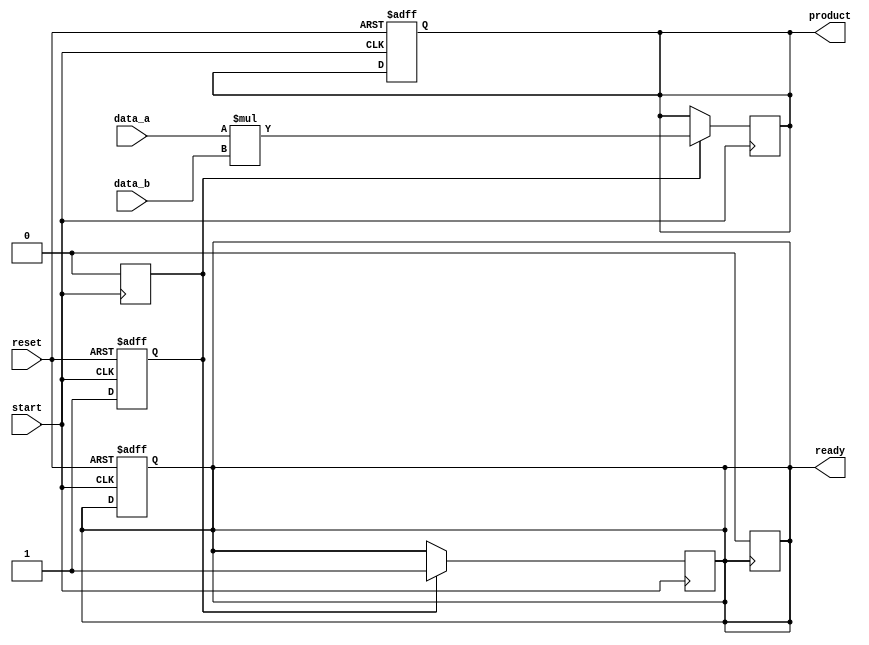
module StreamingMultiplier #(
    parameter DATA_WIDTH = 16,  // Width of input data
    parameter PRODUCT_WIDTH = 32 // Width of output product
)(
    input  wire [DATA_WIDTH-1:0] data_a,      // Input data A
    input  wire [DATA_WIDTH-1:0] data_b,      // Input data B
    input  wire start,                        // Start signal
    input  wire reset,                        // Asynchronous reset
    output reg [PRODUCT_WIDTH-1:0] product,  // Output product
    output reg ready                         // Ready signal
);

    // State variable to track multiplication state
    reg processing;

    always @(posedge start or posedge reset) begin
        if (reset) begin
            product <= 0;
            ready <= 0;
            processing <= 0; // Reset state
        end else begin
            processing <= 1; // Start processing on start signal
        end
    end

    always @(posedge start) begin
        if (processing) begin
            // Perform multiplication
            product <= data_a * data_b;
            ready <= 1; // Set ready signal after product is computed
            processing <= 0; // Reset processing state
        end
    end

    // Reset ready signal on next valid start signal
    always @(posedge ready) begin
        ready <= 0; // Clear ready status for next operation
    end

endmodule